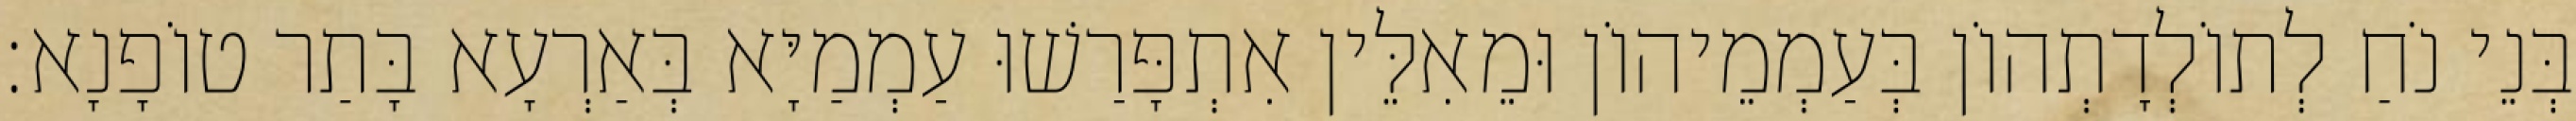
בְּנֵי נֹחַ לְתוֹלְדָתְהוֹן בְּעַמְמֵיהוֹן וּמֵאִלֵּין אִתְפָּרַשׁוּ עַמְמַיָּא בְּאַרְעָא בָּתַר טוֹפָנָא׃